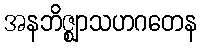
အနဘိဇ္ဈာသဟဂတေန